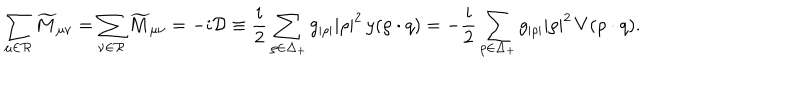
\sum _ { \mu \in { \cal R } } \widetilde { M } _ { \mu \nu } = \sum _ { \nu \in { \cal R } } \widetilde { M } _ { \mu \nu } = - i { \cal D } \equiv { \frac { i } { 2 } } \sum _ { \rho \in \Delta _ { + } } g _ { | \rho | } | \rho | ^ { 2 } \, y ( \rho \cdot q ) = - { \frac { i } { 2 } } \sum _ { \rho \in \Delta _ { + } } g _ { | \rho | } | \rho | ^ { 2 } \, V ( \rho \cdot q ) .